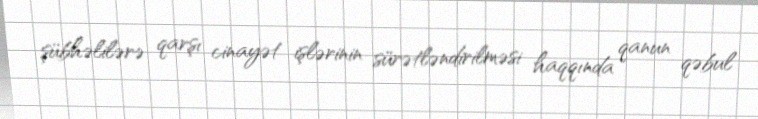
şübhəlilərə qarşı cinayət işlərinin sürətləndirilməsi haqqında qanun qəbul